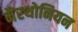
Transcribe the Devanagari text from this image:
मैरथोनियन